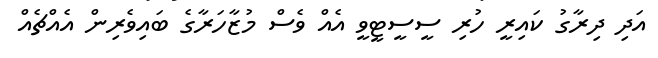
އަދި ދިރާގު ކައިރީ ހުރި ސީސީޓީވީ އެއް ވެސް މުޒާހަރާގެ ބައިވެރިން އެއްޗެއް